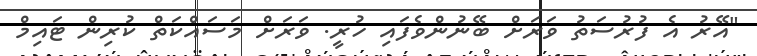
"އޭރު އެ ފުރުސަތު ވަރަށް ބޭނުންވެފައި ހުރީ. ވަރަށް މަސައްކަތް ކުރިން ޓައިމް